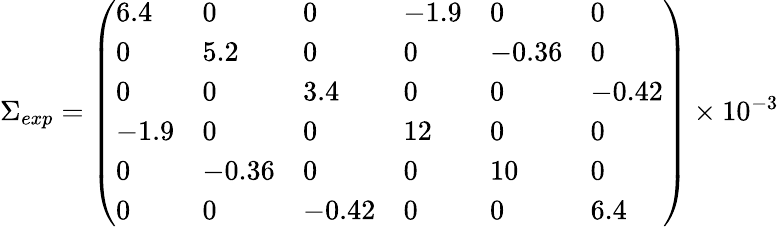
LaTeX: \begin{array}{r}{\Sigma_{exp}=\left(\begin{array}{llllll}{6.4}&{0}&{0}&{-1.9}&{0}&{0}\\ {0}&{5.2}&{0}&{0}&{-0.36}&{0}\\ {0}&{0}&{3.4}&{0}&{0}&{-0.42}\\ {-1.9}&{0}&{0}&{12}&{0}&{0}\\ {0}&{-0.36}&{0}&{0}&{10}&{0}\\ {0}&{0}&{-0.42}&{0}&{0}&{6.4}\end{array}\right)\times 10^{-3}}\end{array}